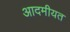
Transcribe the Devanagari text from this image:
आदमीयत